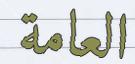
العامة